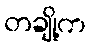
တချို့က